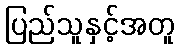
ပြည်သူနှင့်အတူ